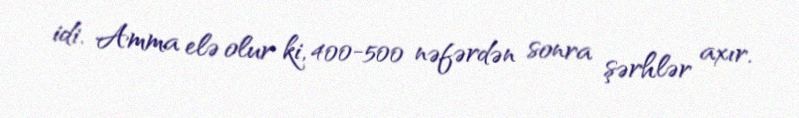
idi. Amma elə olur ki, 400-500 nəfərdən sonra şərhlər axır.